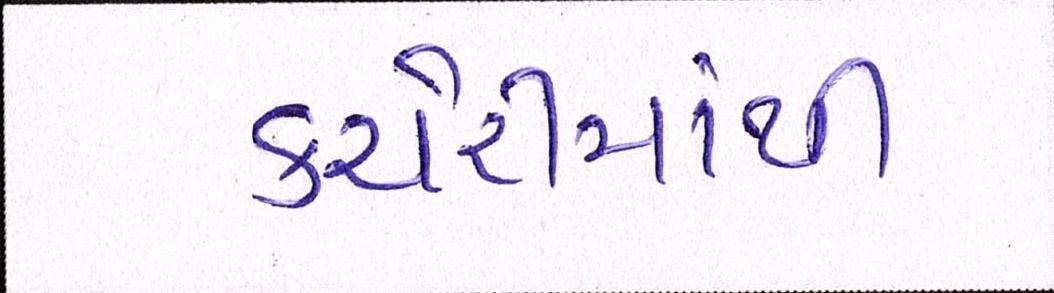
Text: કચેરીમાંથી